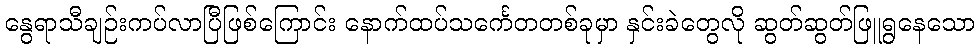
နွေရာသီချဉ်းကပ်လာပြီဖြစ်ကြောင်း နောက်ထပ်သင်္ကေတတစ်ခုမှာ နှင်းခဲတွေလို ဆွတ်ဆွတ်ဖြူရွနေသော